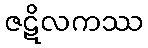
ဇဋိလကဿ